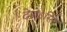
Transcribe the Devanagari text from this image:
देशेऽस्ति